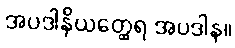
အပဒါနိယတ္ထေရ အပဒါန။